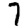
Digit: 7